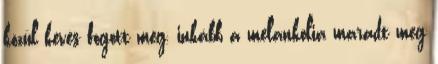
közül kevés fogott meg, inkább a melankólia maradt meg